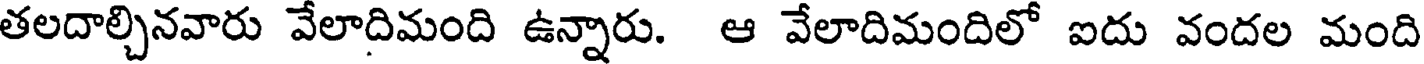
తలదాల్చినవారు వేలాదిమంది ఉన్నారు. ఆ వేలాదిమందిలో ఐదు వందల మంది